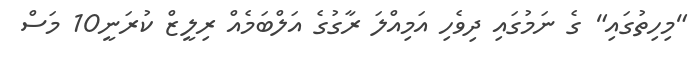
"މިހިތުގައި" ގެ ނަމުގައި ދިވެހި އަމިއްލަ ރާގުގެ އަލްބަމެއް ރިލީޒް ކުރަނީ10 މަސް